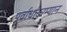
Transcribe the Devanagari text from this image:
पूर्वार्धादरम्यान